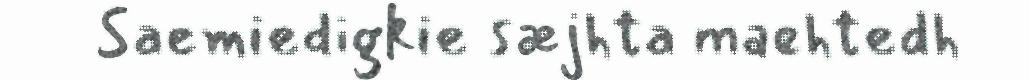
Saemiedigkie sæjhta maehtedh